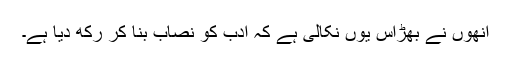
انھوں نے بھڑاس یوں نکالی ہے کہ ادب کو نصاب بنا کر رکھ دیا ہے۔